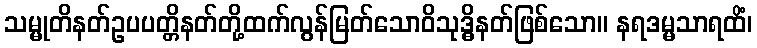
သမ္မုတိနတ်ဥပပတ္တိနတ်တို့ထက်လွန်မြတ်သောဝိသုဒ္ဓိနတ်ဖြစ်သော။ နရဒမ္မသာရထိံ၊